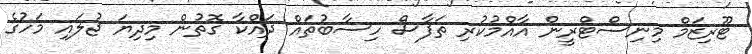
ޓޫރިޒަމް މިނިސްޓްރީން އާއްމުކުރި ތަފާސް ހިސާބުތައް ދައްކާ ގޮތުން މިދިޔަ ޖުލައި މަހުގެ